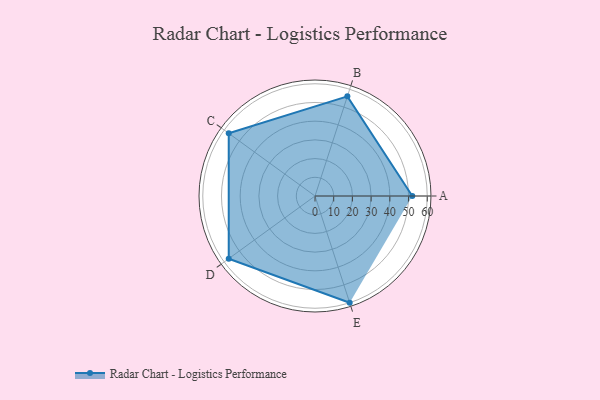
{"axis": {"x": "Skill", "y": "Score"}, "legend": ["Profile"], "data": [{"x": "A", "y": 52.0, "type": "Profile"}, {"x": "B", "y": 56.0, "type": "Profile"}, {"x": "C", "y": 57.0, "type": "Profile"}, {"x": "D", "y": 57.0, "type": "Profile"}, {"x": "E", "y": 60.0, "type": "Profile"}]}